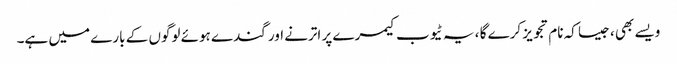
ویسے بھی ، جیسا کہ نام تجویز کرے گا ، یہ ٹیوب کیمرے پر اترنے اور گندے ہوئے لوگوں کے بارے میں ہے۔